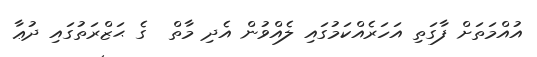
އުއްމަތަށް ފާގަތި އަހަރެއްކަމުގައި ލެއްވުން އެދި މާތް  ގެ ޙަޒްރަތުގައި ދުޢާ